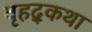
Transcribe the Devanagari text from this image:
वृहद्कथा